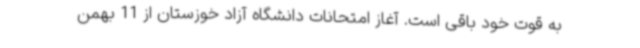
به قوت خود باقی است. آغاز امتحانات دانشگاه آزاد خوزستان از 11 بهمن